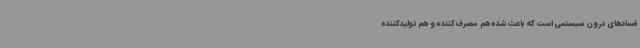
فسادهای درون سیستمی است که باعث شده هم مصرف‌کننده و هم تولیدکننده